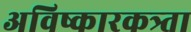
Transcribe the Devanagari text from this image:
अविष्कारकत्र्ता